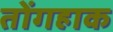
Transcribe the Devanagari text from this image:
तोंगहाक